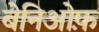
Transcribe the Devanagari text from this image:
बेनिओफ़